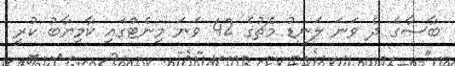
ބާސާގެ ދެ ވަނަ ލަނޑު މެޗުގެ 42 ވަނަ މިނެޓްގައި ކާމިޔާބު ކުރީ